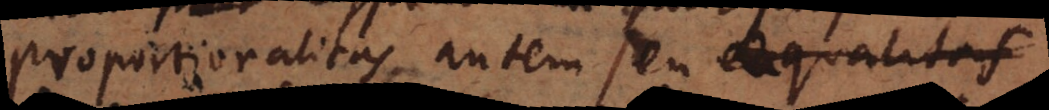
Proportionalitas autem seu ex qualitatis